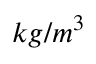
k g / m ^ { 3 }